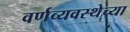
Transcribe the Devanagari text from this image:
वर्णव्यवस्थेच्या